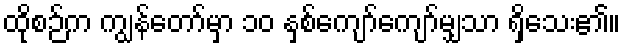
ထိုစဉ်က ကျွန်တော်မှာ ၁၀ နှစ်ကျော်ကျော်မျှသာ ရှိသေး၏။